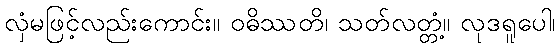
လှံမဖြင့်လည်းကောင်း။ ဝဓိဿတိ၊ သတ်လတ္တံ့။ လုဒရူပေါ၊